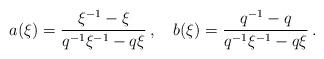
LaTeX: \begin{align*}a(\xi )=\frac {\xi ^{-1}-\xi }{q^{-1}\xi ^{-1}-q\xi } \, , \quad b(\xi)=\frac{q^{-1}-q}{q^{-1}\xi ^{-1}-q\xi } \, .\end{align*}